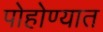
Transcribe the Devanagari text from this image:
पोहोण्यात